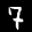
Label: 7